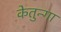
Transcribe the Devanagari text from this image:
केतुन्गा